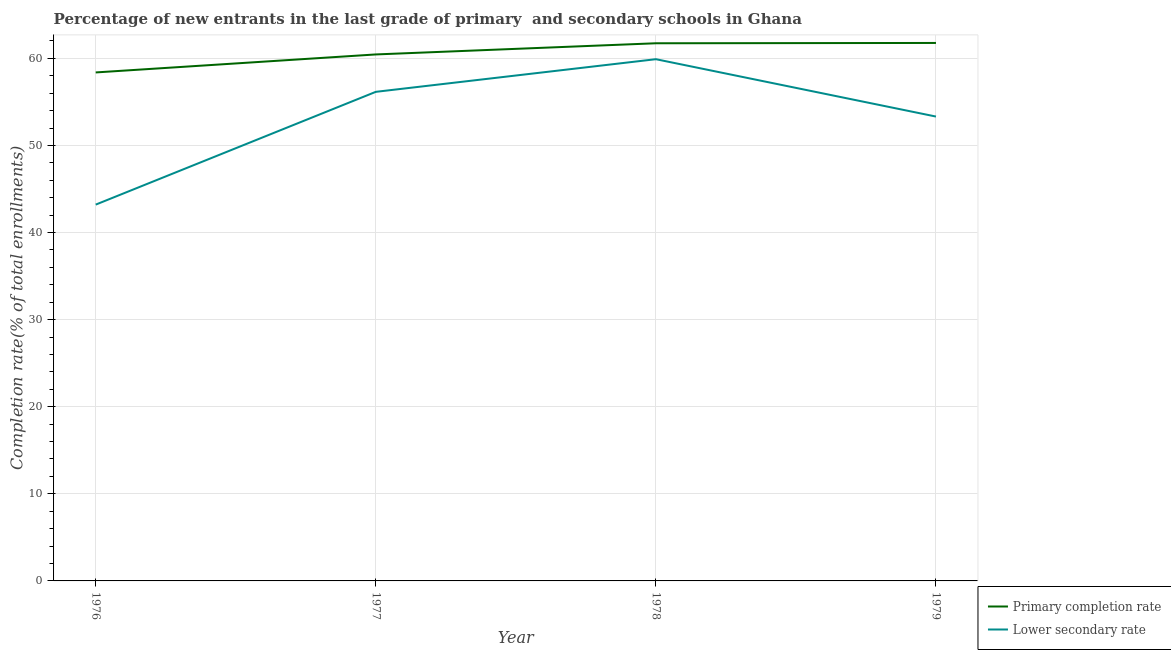
| Year | Primary completion rate | Lower secondary rate |
 | --- | --- | --- |
 | 1976 | 58.4 | 43.2 |
 | 1977 | 60.4 | 56.2 |
 | 1978 | 61.7 | 59.9 |
 | 1979 | 61.8 | 53.3 |